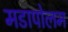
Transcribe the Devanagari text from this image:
मडापोलम